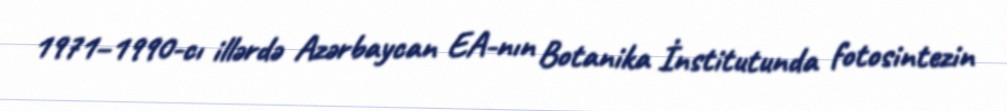
1971–1990-cı illərdə Azərbaycan EA-nın Botanika İnstitutunda fotosintezin